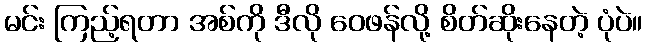
မင်း ကြည့်ရတာ အစ်ကို ဒီလို ဝေဖန်လို့ စိတ်ဆိုးနေတဲ့ ပုံပဲ။